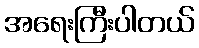
အရေးကြီးပါတယ်